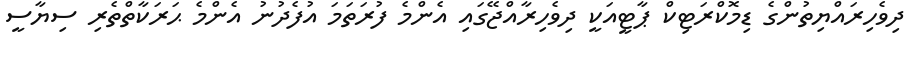
ދިވެހިރައްޔިތުންގެ ޑިމޮކްރަޓިކް ޕާޓީއަކީ ދިވެހިރާއްޖޭގައި އެންމެ ފުރަތަމަ އުފެދުނު އެންމެ ޙަރަކާތްތެރި ސިޔާސީ